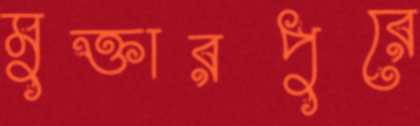
মুক্তারপুরে